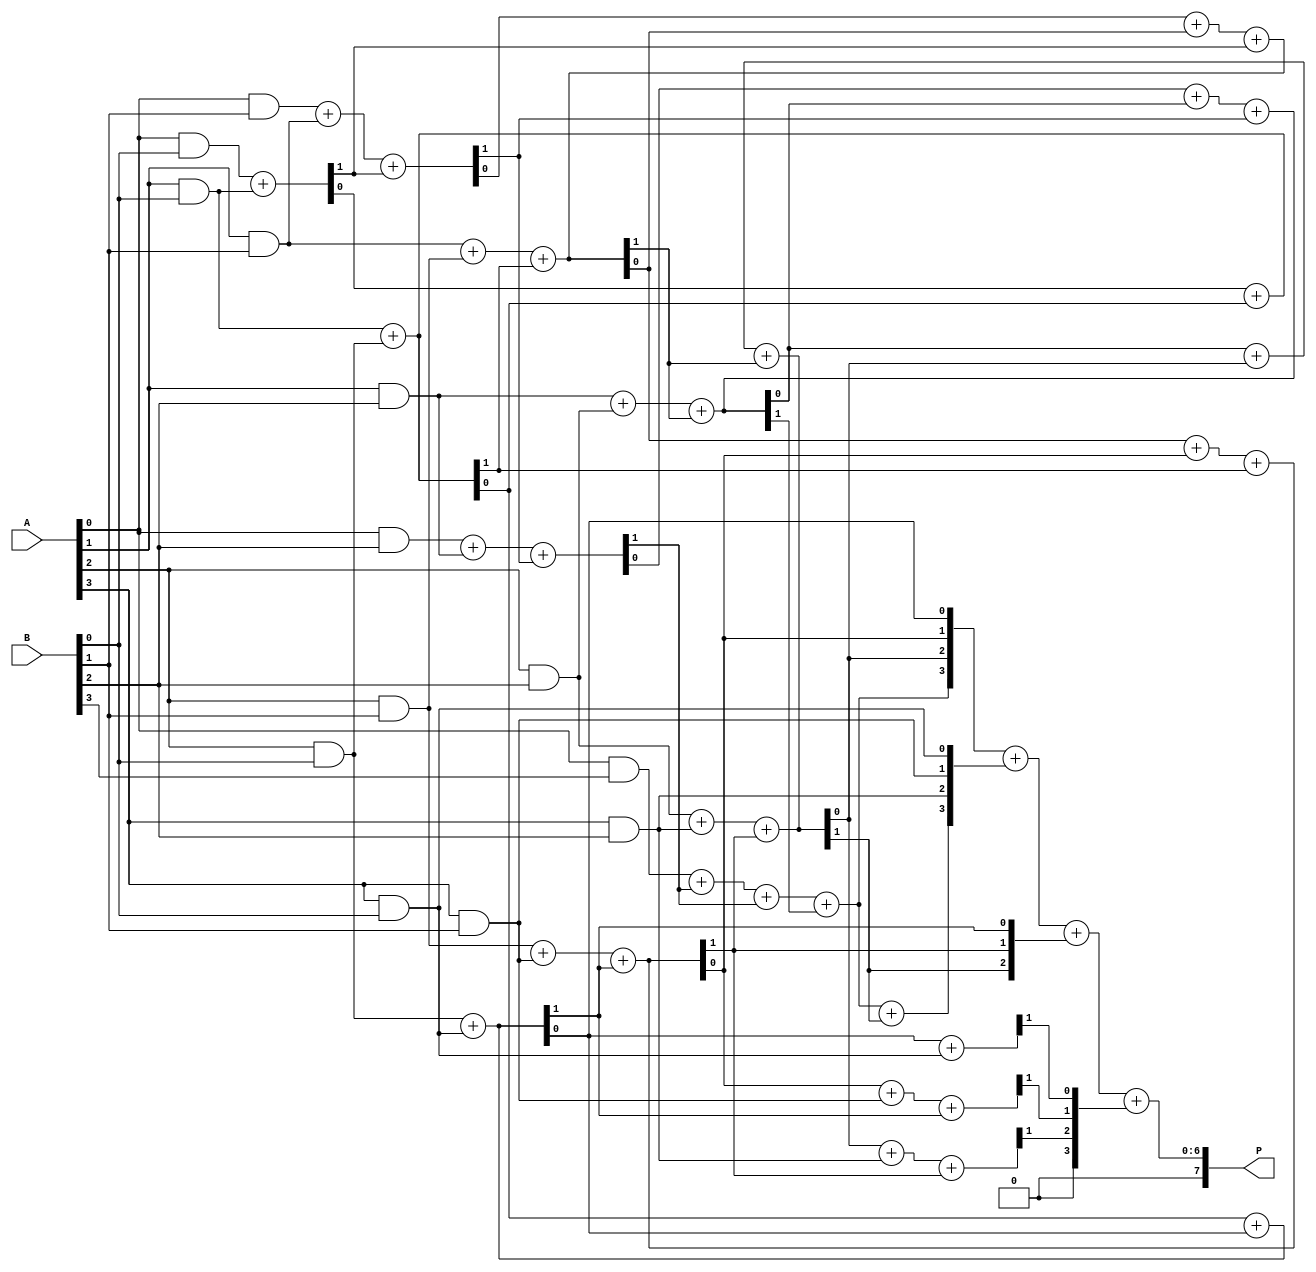
module dadda_multiplier #(parameter n = 4) (
    input [n-1:0] A,
    input [n-1:0] B,
    output reg [2*n-1:0] P
);

    // Partial products
    wire [n-1:0] pp [0:n-1]; // Partial products array
    genvar i, j;
    generate
        for (i = 0; i < n; i = i + 1) begin : pp_gen
            for (j = 0; j < n; j = j + 1) begin : pp_bit
                assign pp[i][j] = A[i] & B[j];
            end
        end
    endgenerate

    // Reduction tree
    wire [n-1:0] sum [0:n-1]; // Sums at each stage
    wire [n-1:0] carry [0:n-1]; // Carries at each stage

    // Stage 1: Combine partial products
    generate
        for (i = 0; i < n; i = i + 1) begin : stage1
            if (i < n-1) begin
                // Half adder for the first two rows
                assign {carry[i][0], sum[i][0]} = pp[i][0] + pp[i+1][0];
                // Full adders for the rest
                for (j = 1; j < n; j = j + 1) begin : fa
                    if (j < n-1) begin
                        assign {carry[i][j], sum[i][j]} = pp[i][j] + pp[i+1][j] + carry[i][j-1];
                    end else begin
                        assign sum[i][j] = pp[i][j] + carry[i][j-1];
                    end
                end
            end else begin
                assign sum[i] = pp[i];
            end
        end
    endgenerate

    // Stage 2: Combine remaining sums and carries
    generate
        for (i = 0; i < n-1; i = i + 1) begin : stage2
            assign {carry[i+1][0], sum[i+1][0]} = sum[i][0] + sum[i+1][0];
            for (j = 1; j < n; j = j + 1) begin : fa2
                if (j < n-1) begin
                    assign {carry[i+1][j], sum[i+1][j]} = sum[i][j] + sum[i+1][j] + carry[i][j-1];
                end else begin
                    assign sum[i+1][j] = sum[i][j] + carry[i][j-1];
                end
            end
        end
    endgenerate

    // Final addition
    wire [2*n-1:0] final_sum;
    wire [2*n-1:0] final_carry;
    
    assign final_sum = {1'b0, sum[n-2]} + {1'b0, sum[n-1]} + {1'b0, carry[n-2]};
    assign final_carry = {1'b0, carry[n-1]};

    always @(*) begin
        P = final_sum + final_carry;
    end

endmodule